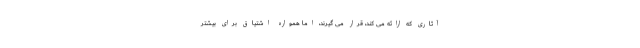
آثاری که ارائه می کند، قرار می گیرند، اما همواره اشتیاق برای بیشتر